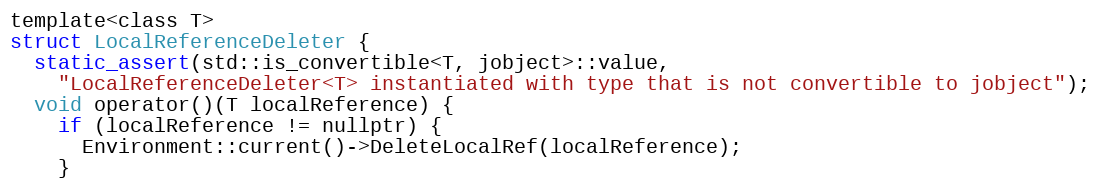
Language: C
template<class T>
struct LocalReferenceDeleter {
  static_assert(std::is_convertible<T, jobject>::value,
    "LocalReferenceDeleter<T> instantiated with type that is not convertible to jobject");
  void operator()(T localReference) {
    if (localReference != nullptr) {
      Environment::current()->DeleteLocalRef(localReference);
    }